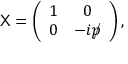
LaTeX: { \sf X } = \left( \begin{array} { c c } { { 1 } } & { { 0 } } \\ { { 0 } } & { { - i p \llap / } } \end{array} \right) ,